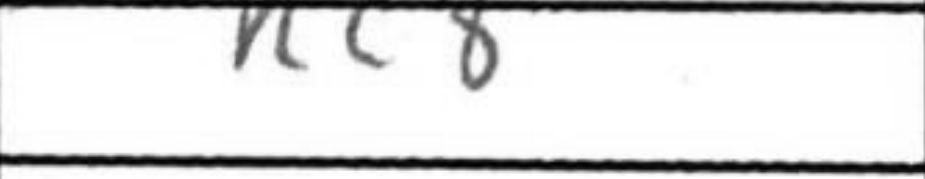
Transcription: Rc8